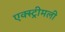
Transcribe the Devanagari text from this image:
एक्स्ट्रीमली